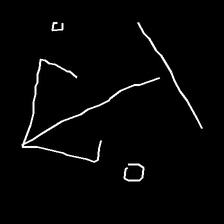
Glyph: earth